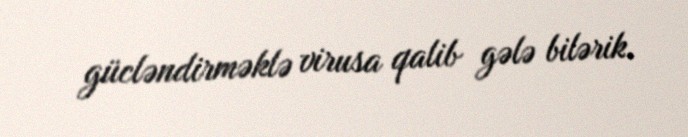
gücləndirməklə virusa qalib gələ bilərik.